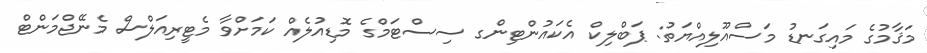
މަޤާމުގެ މައިގަނޑު މަސްއޫލިއްޔަތު: ޕަބްލިކް އެކައުންޓިންގ ސިސްޓަމްގެ މޮޑިއުލެއް ކަމަށްވާ މެޓީރިއަލްސް މެނޭޖްމަންޓް